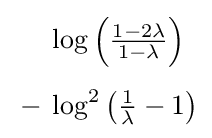
{\begin{aligned}&\log \left({\tfrac {1-2\lambda }{1-\lambda }}\right)\\[1ex]{}-{}&\log ^{2}\left({\tfrac {1}{\lambda }}-1\right)\end{aligned}}